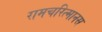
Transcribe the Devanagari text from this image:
रामचरित्मानस